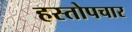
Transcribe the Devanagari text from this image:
हस्तोपचार